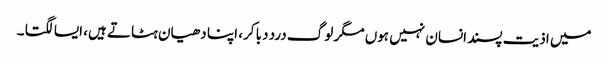
میں اذیت پسند انسان نہیں ہوں مگر لوگ درد دبا کر، اپنا دھیان ہٹاتے ہیں، ایسا لگتا ۔